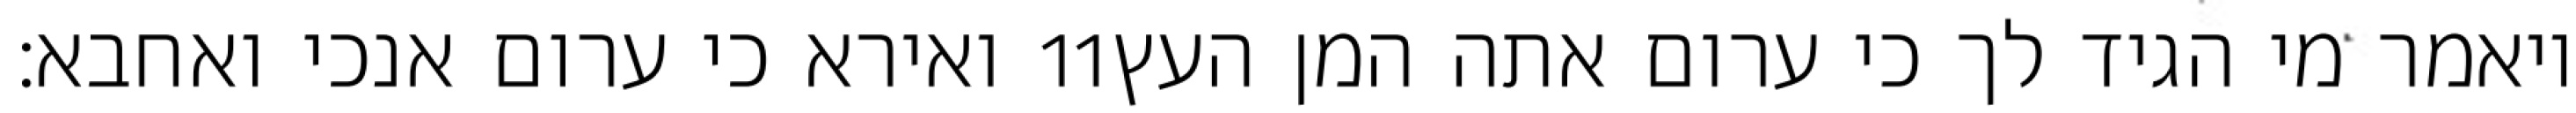
ואירא כי ערום אנכי ואחבא׃ ‎11‏ ויאמר מי הגיד לך כי ערום אתה המן העץ